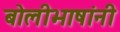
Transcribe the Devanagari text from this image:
बोलीभाषांनी